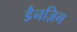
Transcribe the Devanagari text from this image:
डैनज़िग